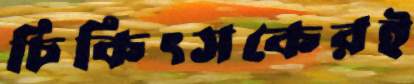
চিকিৎসকেরই